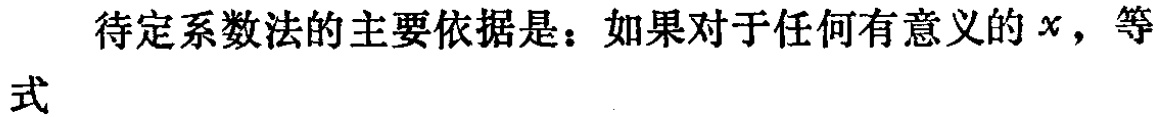
待定系数法的主要依据是：如果对于任何有意义的\(x\)，等式